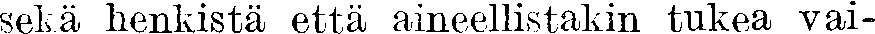
sekä henkistä että aineellistakin tukea vai-